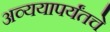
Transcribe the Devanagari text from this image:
अव्ययापर्यंतचे